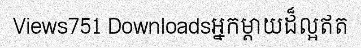
Views751 Downloadsអ្នកម្តាយដ៏ល្អឥត